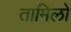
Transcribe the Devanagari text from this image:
तामिलो